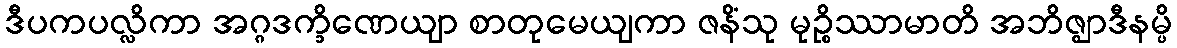
ဒီပကပလ္လိကာ အဂ္ဂဒက္ခိဏေယျာ စာတုမေယျကာ ဇနိံသု မုဉ္စိဿာမာတိ အဘိဇ္ဈာဒီနမ္ပိ